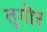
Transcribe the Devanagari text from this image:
तुगोर